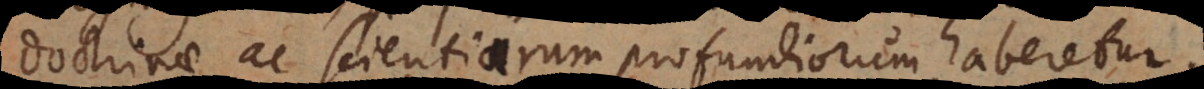
doctrinae ac scientiarum profundiorum haberetur.